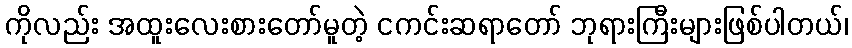
ကိုလည်း အထူးလေးစားတော်မူတဲ့ ငကင်းဆရာတော် ဘုရားကြီးများဖြစ်ပါတယ်၊